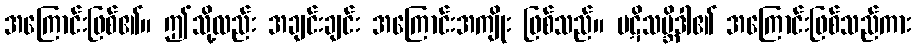
အကြောင်းဖြစ်၏။ ဤသို့လည်း အချင်းချင်း အကြောင်းအကျိုး ဖြစ်သည်။ ပဋိသမ္ဘိဒါ၏ အကြောင်းဖြစ်သည်ကား